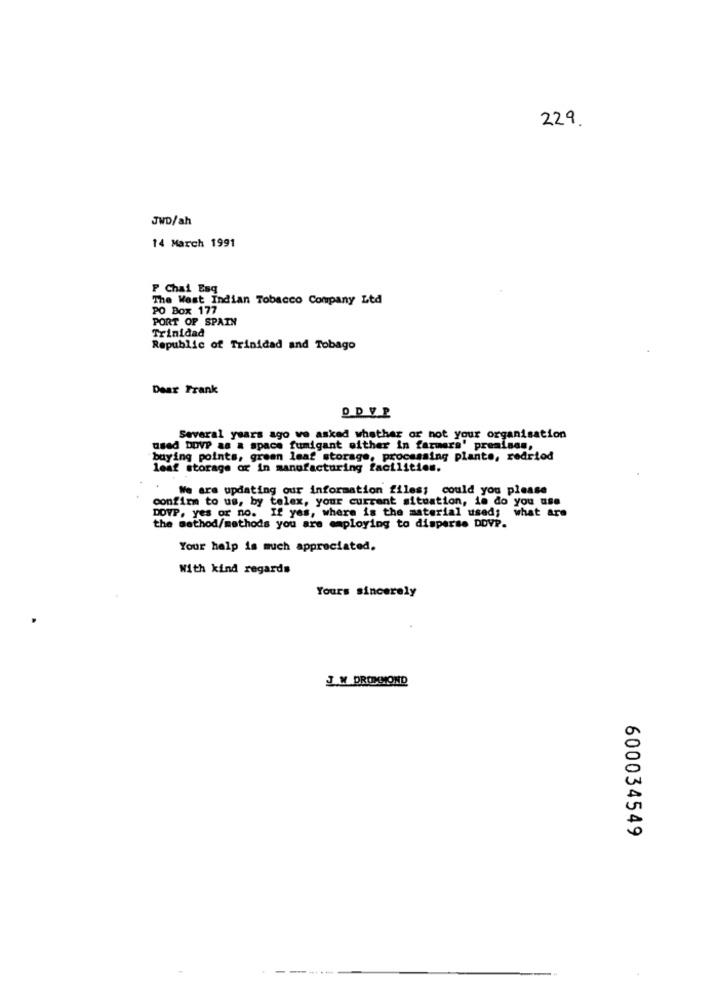
229
JWD/ah
14 March 1991
P Chai Esq
The West Indian Tobacco Company Ltd
PO Box 177
PORT OF SPAIN
Trinidad
Republic of Trinidad and Tobago
Dear Frank
Several years ago ve asked whether or not your organisation
used DOVP as a space fumigant either in farmers' premises,
buying points, green leaf storage, processing plants, redriod
leaf storage or in manufacturing facilities.
We are updating our information files; could you please
confirm to us, by telex, your current situation, in do you use
DOVP, yes or no. If yes, where is the material used; what are
the method/methods you are employing to disperse DDVP.
Your help is much appreciated.
With kind regards
Yours sincerely
J W DRUMMOND
600034549